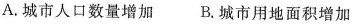
A.城市人口数量增加 B.城市用地面积增加